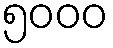
၅၀၀၀